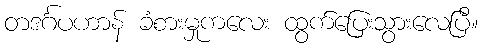
တဒင်္ဂပဟာန် ခံစားမှုကလေး ထွက်ပြေးသွားလေပြီ။